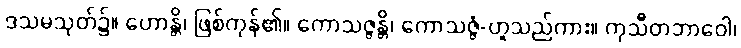
ဒသမသုတ်၌။ ဟောန္တိ၊ ဖြစ်ကုန်၏။ ကောသဇ္ဇန္တိ၊ ကောသဇ္ဇံ-ဟူသည်ကား။ ကုသီတဘာဝေါ၊